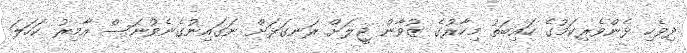
ދިވެހި ޅެންވެރިކަމުގެ ހައިބަތު މިހާރުގެ ޒުވާން ޖީލަށް ރަނގަޅަށް ނަގައިނުގެނެވުނަސް އާމިރު ކަހަލަ